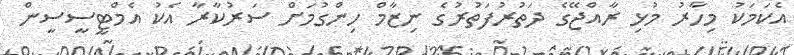
އެކަމަކު މިހާރު މުޅި ރާއްޖޭގެ ދަތުރުފަތުރުގެ ނިޒާމް ހިންގުމަށް ސަރުކާރާ އެކު އެމްޓީސީސީން